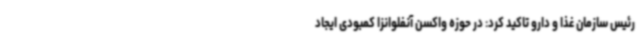
رئیس سازمان غذا و دارو تاکید کرد: در حوزه واکسن آنفلوانزا کمبودی ایجاد